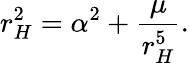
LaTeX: r_{H}^{2}=\alpha^{2}+\frac{\mu}{r_{H}^{5}}.